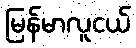
မြန်မာလူငယ်